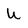
Character: U